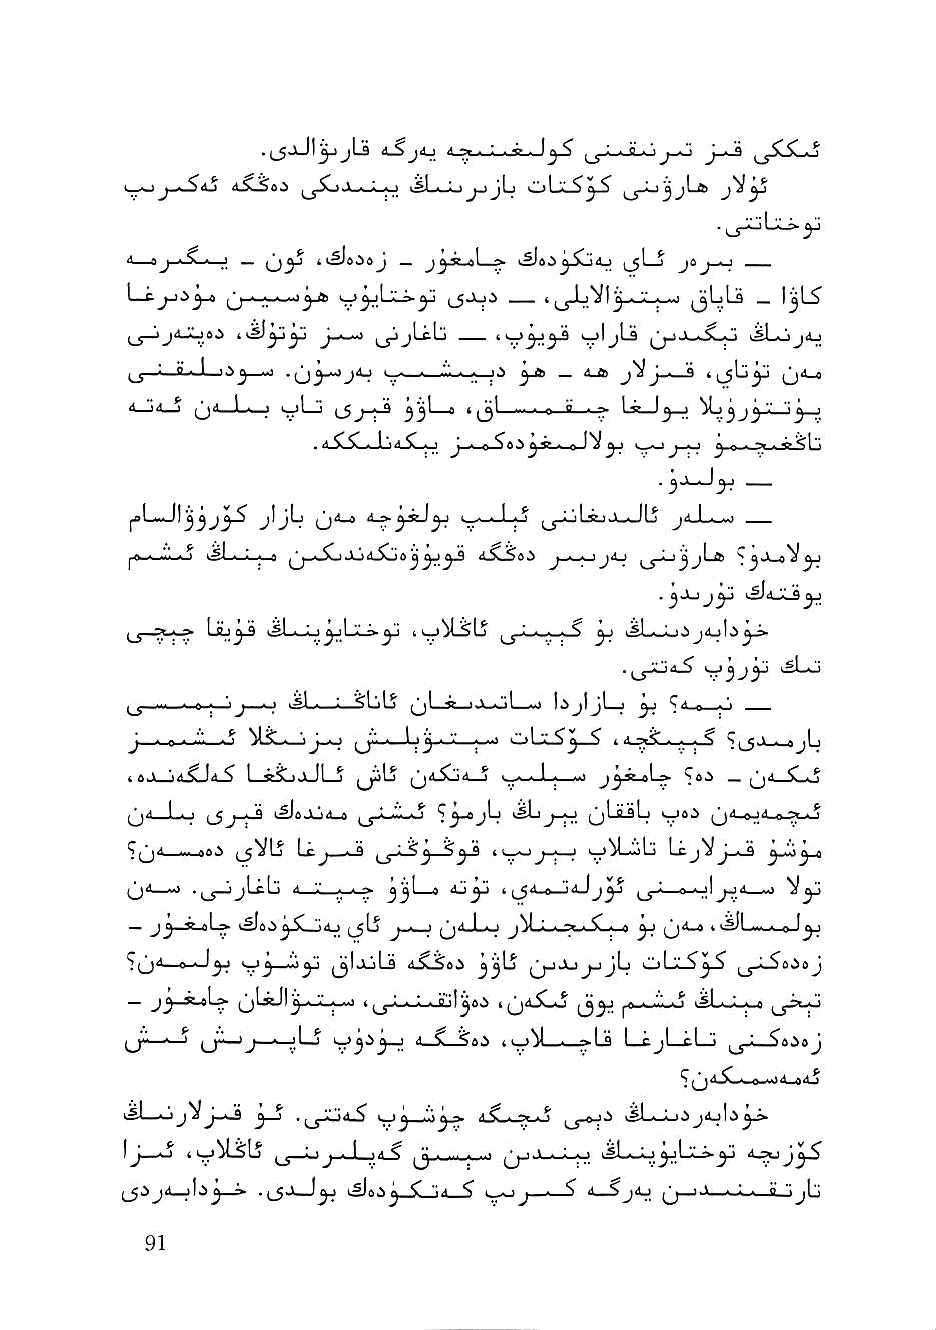
AS^ai       i£l->^^jL        jLft
 •i_r^L:^y
 *1—»j' ^' . ! — 05^ ikSJe-lsJ _ i,£Jo.5^5lj4_> ijl—j jfl —
 L_t^,>^_o             l5"^'^ t ^jLVI  jjLiLi _ l^L?
 ,_j—'j4-Xj».>    ^jLtlj       »j|jLs ^jjJi_.Swo kSLojij
 —v:      I .. > ^ . 1.^ d_a J - »
 I • 1 J l5j~^ 33^~~°' (3 ^ ». n e g i_» I ^ ^3 ■' '3J3"' "3 '
 .        J -     n   ' ' ' J ] ' ^ ^ ^
 .  yj
 ^\-^\yyjyS jljLi ^<Ca y^ yj i_.— L^-l-J LS jaJ.-i_>
 |.«...ihJ.c.Aj kSl-i—i—4—fl *^1^ Ju4i^o jAj
 .y^j^ i^^JiLS^
 Liij^ ijLi—              yj k^LwO.) ji^\i y^
 ^yjyi k^L.>_>
 ,^—..I.—■iiO ;—1^—O 1^1 ■ i NLllj ^jL ^ .1 Jk->Ill mJ 1.^j1jI_j yj ^ * n ■ ''
 y - P  ^ ^?^Sii'...i y, i-ii * j^yi.'M i it y • ' I • * 4" \ \ " ^y ^ , A . . . ^ V ■ ^ ^
 4 6U—jdjLfd-? l_StSL)JLJl_J (jiL^4_j k^. . 1 . ..I yyjt-J-» ^oi _ (jil_SL*j
 ij"—Lo (_$j-k-S i^eJLjd_o jjJ-ik-kJ" ^jLtLslj k^8.i i11 a ;i i1_tt.a-o
 C^^,k ... .ns i^VLj I •'■ y - A ^3^ j 'I -,' j-i-3 ^_Jki^_4
 M>      -^ '•' ■ ■ —- y'yL^ ' ^^ '* n * •* ^ ,^4 o « il y ■•* ^ yj
 _ jy.^ oLa iS[. \ j C ", ^ . ^Ij j - I |^j_L4_i j^LL4-?<-i.^-4-a ^ 0^ 4 k^l » 0 1^
 '>(j8. 0 4 1^ ijljijlj dXiSoi 33^ 0^"'^  ,jJ_^0k5eJ
 ^IaJI   4  4 4 4 B 1 1^8^ I ^djOj |.^*-l'll»0 k#Lk»k»^0
 il—S8.i 40^1_4_»Lj L-CjI—cLj y
 kiLxJjVj^ j_5 .j_5^4^ k^j ■"''3^ kSL—i-j.3j8.jls^.»
 [j        (_j—^J ■ I ■' ^ ^ ■ . . - ..■ ijjJl.^.L-0 kSLk-Li^LX-a-^
 (_5.1^8_jl .,_5Jk_J^ [SIa.Sj <" 'C k_^J.I 4 A_Sj8.J jJji—1.>—4 ■ . ll_Jj|j